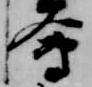
会